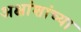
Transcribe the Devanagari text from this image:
अक्षांशांच्या